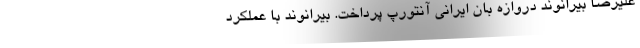
علیرضا بیرانوند دروازه بان ایرانی آنتورپ پرداخت. بیرانوند با عملکرد